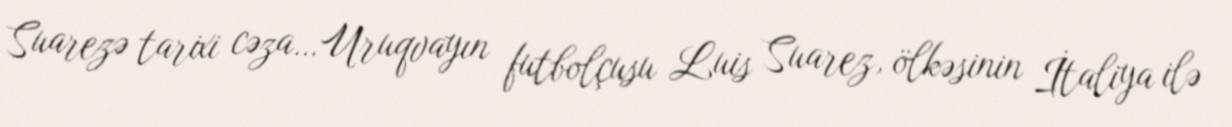
Suarezə tarixi cəza…Uruqvayın futbolçusu Luis Suarez, ölkəsinin İtaliya ilə